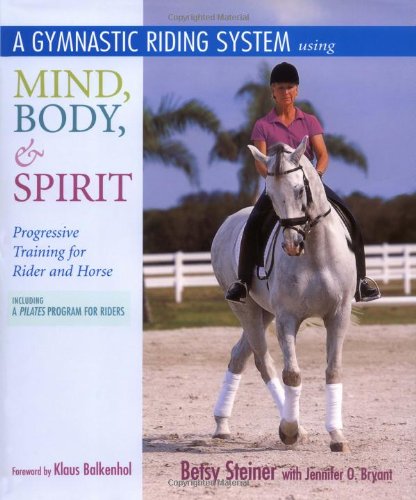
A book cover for A Gymnastic Riding System Using Mind, Body, & Spirit: Progressive Training for Rider and Horse; Betsy Steiner; Sports & Outdoors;